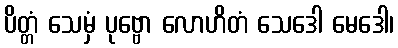
ပိတ္တံ သေမှံ ပုဗ္ဗော လောဟိတံ သေဒေါ မေဒေါ၊